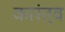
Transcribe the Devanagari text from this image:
कारंत्व